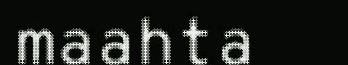
maahta